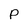
Character: P